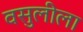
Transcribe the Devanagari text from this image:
वसुलीला